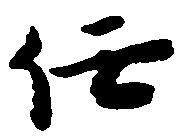
任